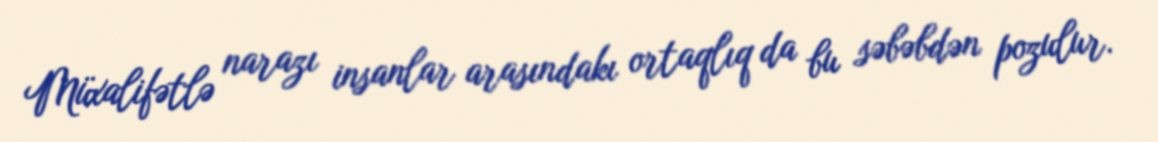
Müxalifətlə narazı insanlar arasındakı ortaqlıq da bu səbəbdən pozulur.